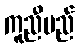
ကူညီမည်